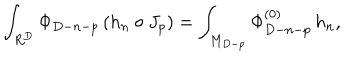
LaTeX: \int _ { R ^ { D } } \Phi _ { D - n - p } \, ( h _ { n } \circ J _ { p } ) = \int _ { M _ { D - p } } \Phi _ { D - n - p } ^ { ( 0 ) } \, h _ { n } ,